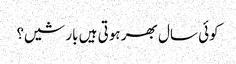
کوئی سال بھر ہوتی ہیں بارشیں؟